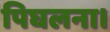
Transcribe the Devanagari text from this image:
पिघलना।